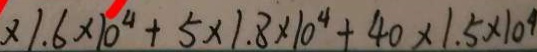
\times 1 . 6 \times 1 0 ^ { 4 } + 5 \times 1 . 8 \times 1 0 ^ { 4 } + 4 0 \times 1 . 5 \times 1 0 ^ { 4 }